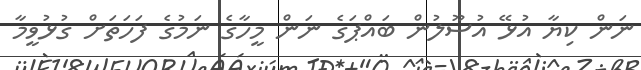
ނަން ކިޔާ އުޅޭ އުސޫލުން ބައްޕަގެ ނަން މީހާގެ ނަމުގެ ފަހަތަށް ގުޅުވީމާ